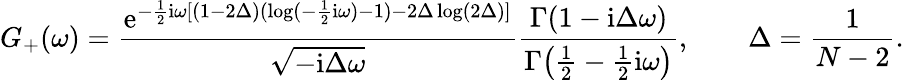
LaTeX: G_{+}(\omega)=\frac{\mathrm{e}^{-{\frac{1}{2}}\mathrm{i}\omega[(1-2\Delta)(\log(-\frac{1}{2}\mathrm{i}\omega)-1)-2\Delta\log(2\Delta)]}}{\sqrt{-\mathrm{i}\Delta\omega}}\frac{\Gamma(1-\mathrm{i}\Delta\omega)}{\Gamma\big(\frac{1}{2}-\frac{1}{2}\mathrm{i}\omega\big)},\qquad\Delta=\frac{1}{N-2}.